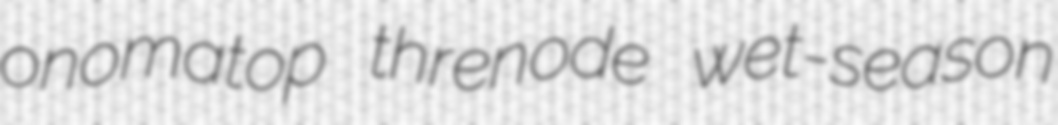
onomatop threnode wet-season